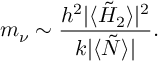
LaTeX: m _ { \nu } \sim { \frac { h ^ { 2 } \vert \langle \tilde { H } _ { 2 } \rangle \vert ^ { 2 } } { k \vert \langle \tilde { N } \rangle \vert } } .